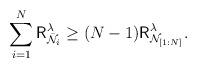
LaTeX: \begin{align*}\sum_{i=1}^N {\mathsf{R}}^{\lambda}_{{\bar{\mathcal{N}}}_i} \geq (N-1)\mathsf{R}^{\lambda}_{\mathcal{N}_{[1:N]}}.\end{align*}